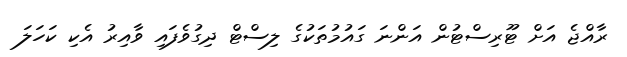
ރާއްޖެ އަށް ޓޫރިސްޓުން އަންނަ ގައުމުތަކުގެ ލިސްޓް ދިގުވެފައި ވާއިރު އެކި ކަހަލަ